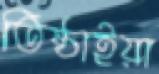
তিষ্ঠাইয়া